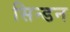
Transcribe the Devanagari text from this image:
सिन्डन